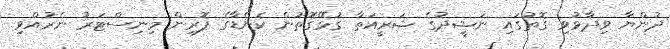
ދުންޔާ ވިދާޅުވި ގޮތުގައި ނަޝީދުގެ ޝަރީއަތާ ގުޅޭގޮތުން ކެނެޑާގެ ފޮރިން މިނިސްޓަރު ނެރުއްވި